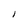
Character: I